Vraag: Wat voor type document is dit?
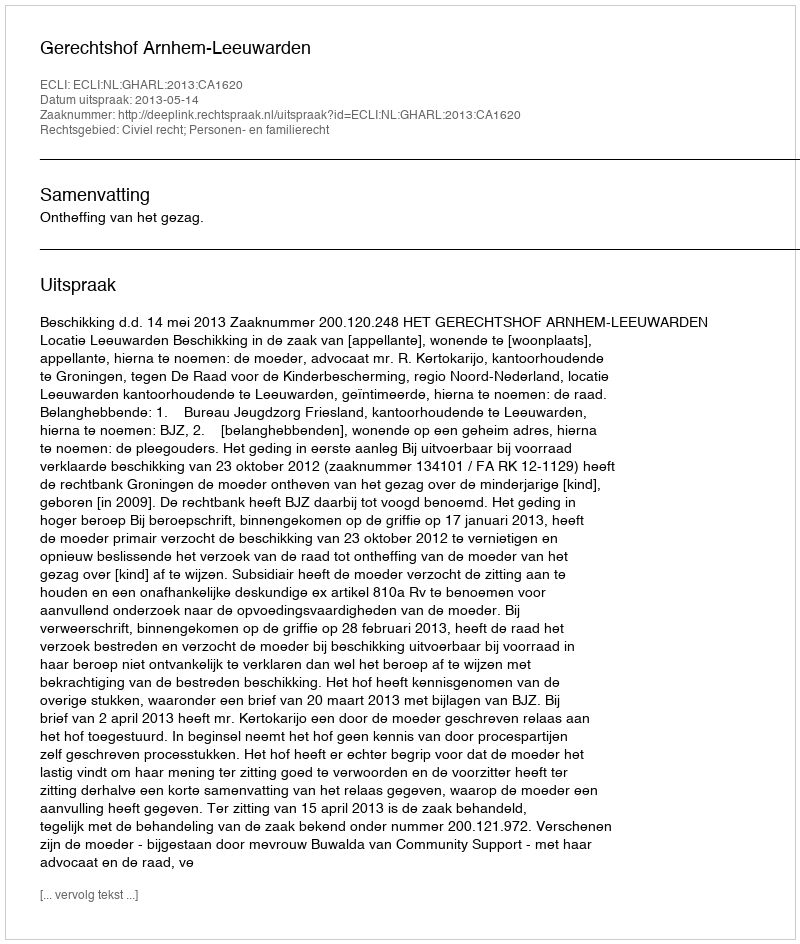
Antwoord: Uitspraak